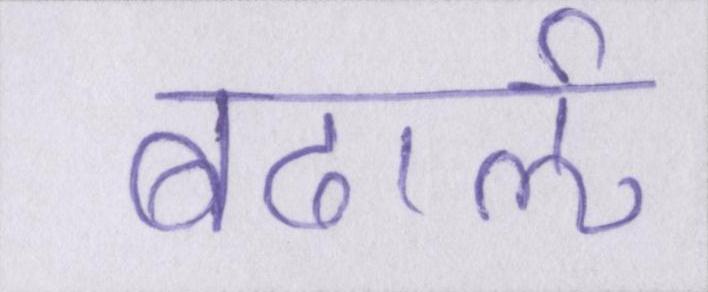
बढार्ऌ